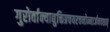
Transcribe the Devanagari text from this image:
गुरोर्वाक्याद्युक्तिप्रचयरचनोन्मार्जनवशात्